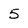
Character: 5